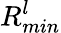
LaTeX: R_{min}^{l}